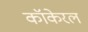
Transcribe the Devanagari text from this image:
कॉकेरल